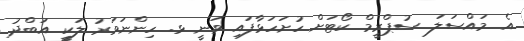
އެ މައްސަލަ ސުޕްރީމް ކޯޓަށް ހުށަހަޅާފައި ވަނީ ޅ. ހިންނަވަރު ލަކީ އަބްދު